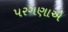
પરગણાએ